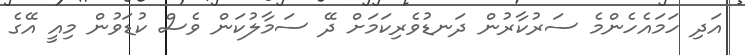
އަދި ހަމައެހެންމެ ސަރުކާރުން ދަނޑުވެރިކަމަށް ދޭ ސަމާލުކަން ވެސް ކުޑަވުން މިއީ އޭގެ